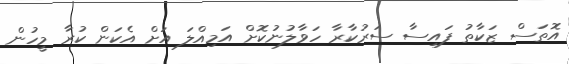
އޮތަސް ޒަކާތު ފައިސާ ސަރުކާރާ ހަވާލުނުކޮށް އަމިއްލަ އަށް އެކަން ކުރާ މީހުން